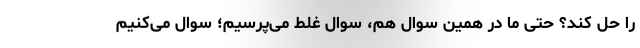
را حل کند؟ حتی ما در همین سوال هم، سوال غلط می‌پرسیم؛ سوال می‌کنیم